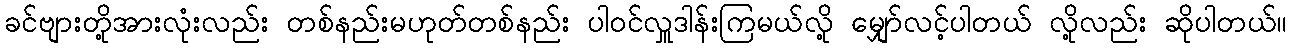
ခင်ဗျားတို့အားလုံးလည်း တစ်နည်းမဟုတ်တစ်နည်း ပါဝင်လှူဒါန်းကြမယ်လို့ မျှော်လင့်ပါတယ် လို့လည်း ဆိုပါတယ်။